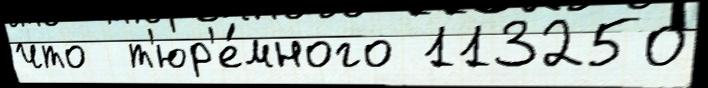
что  т'юр'е́много 113250